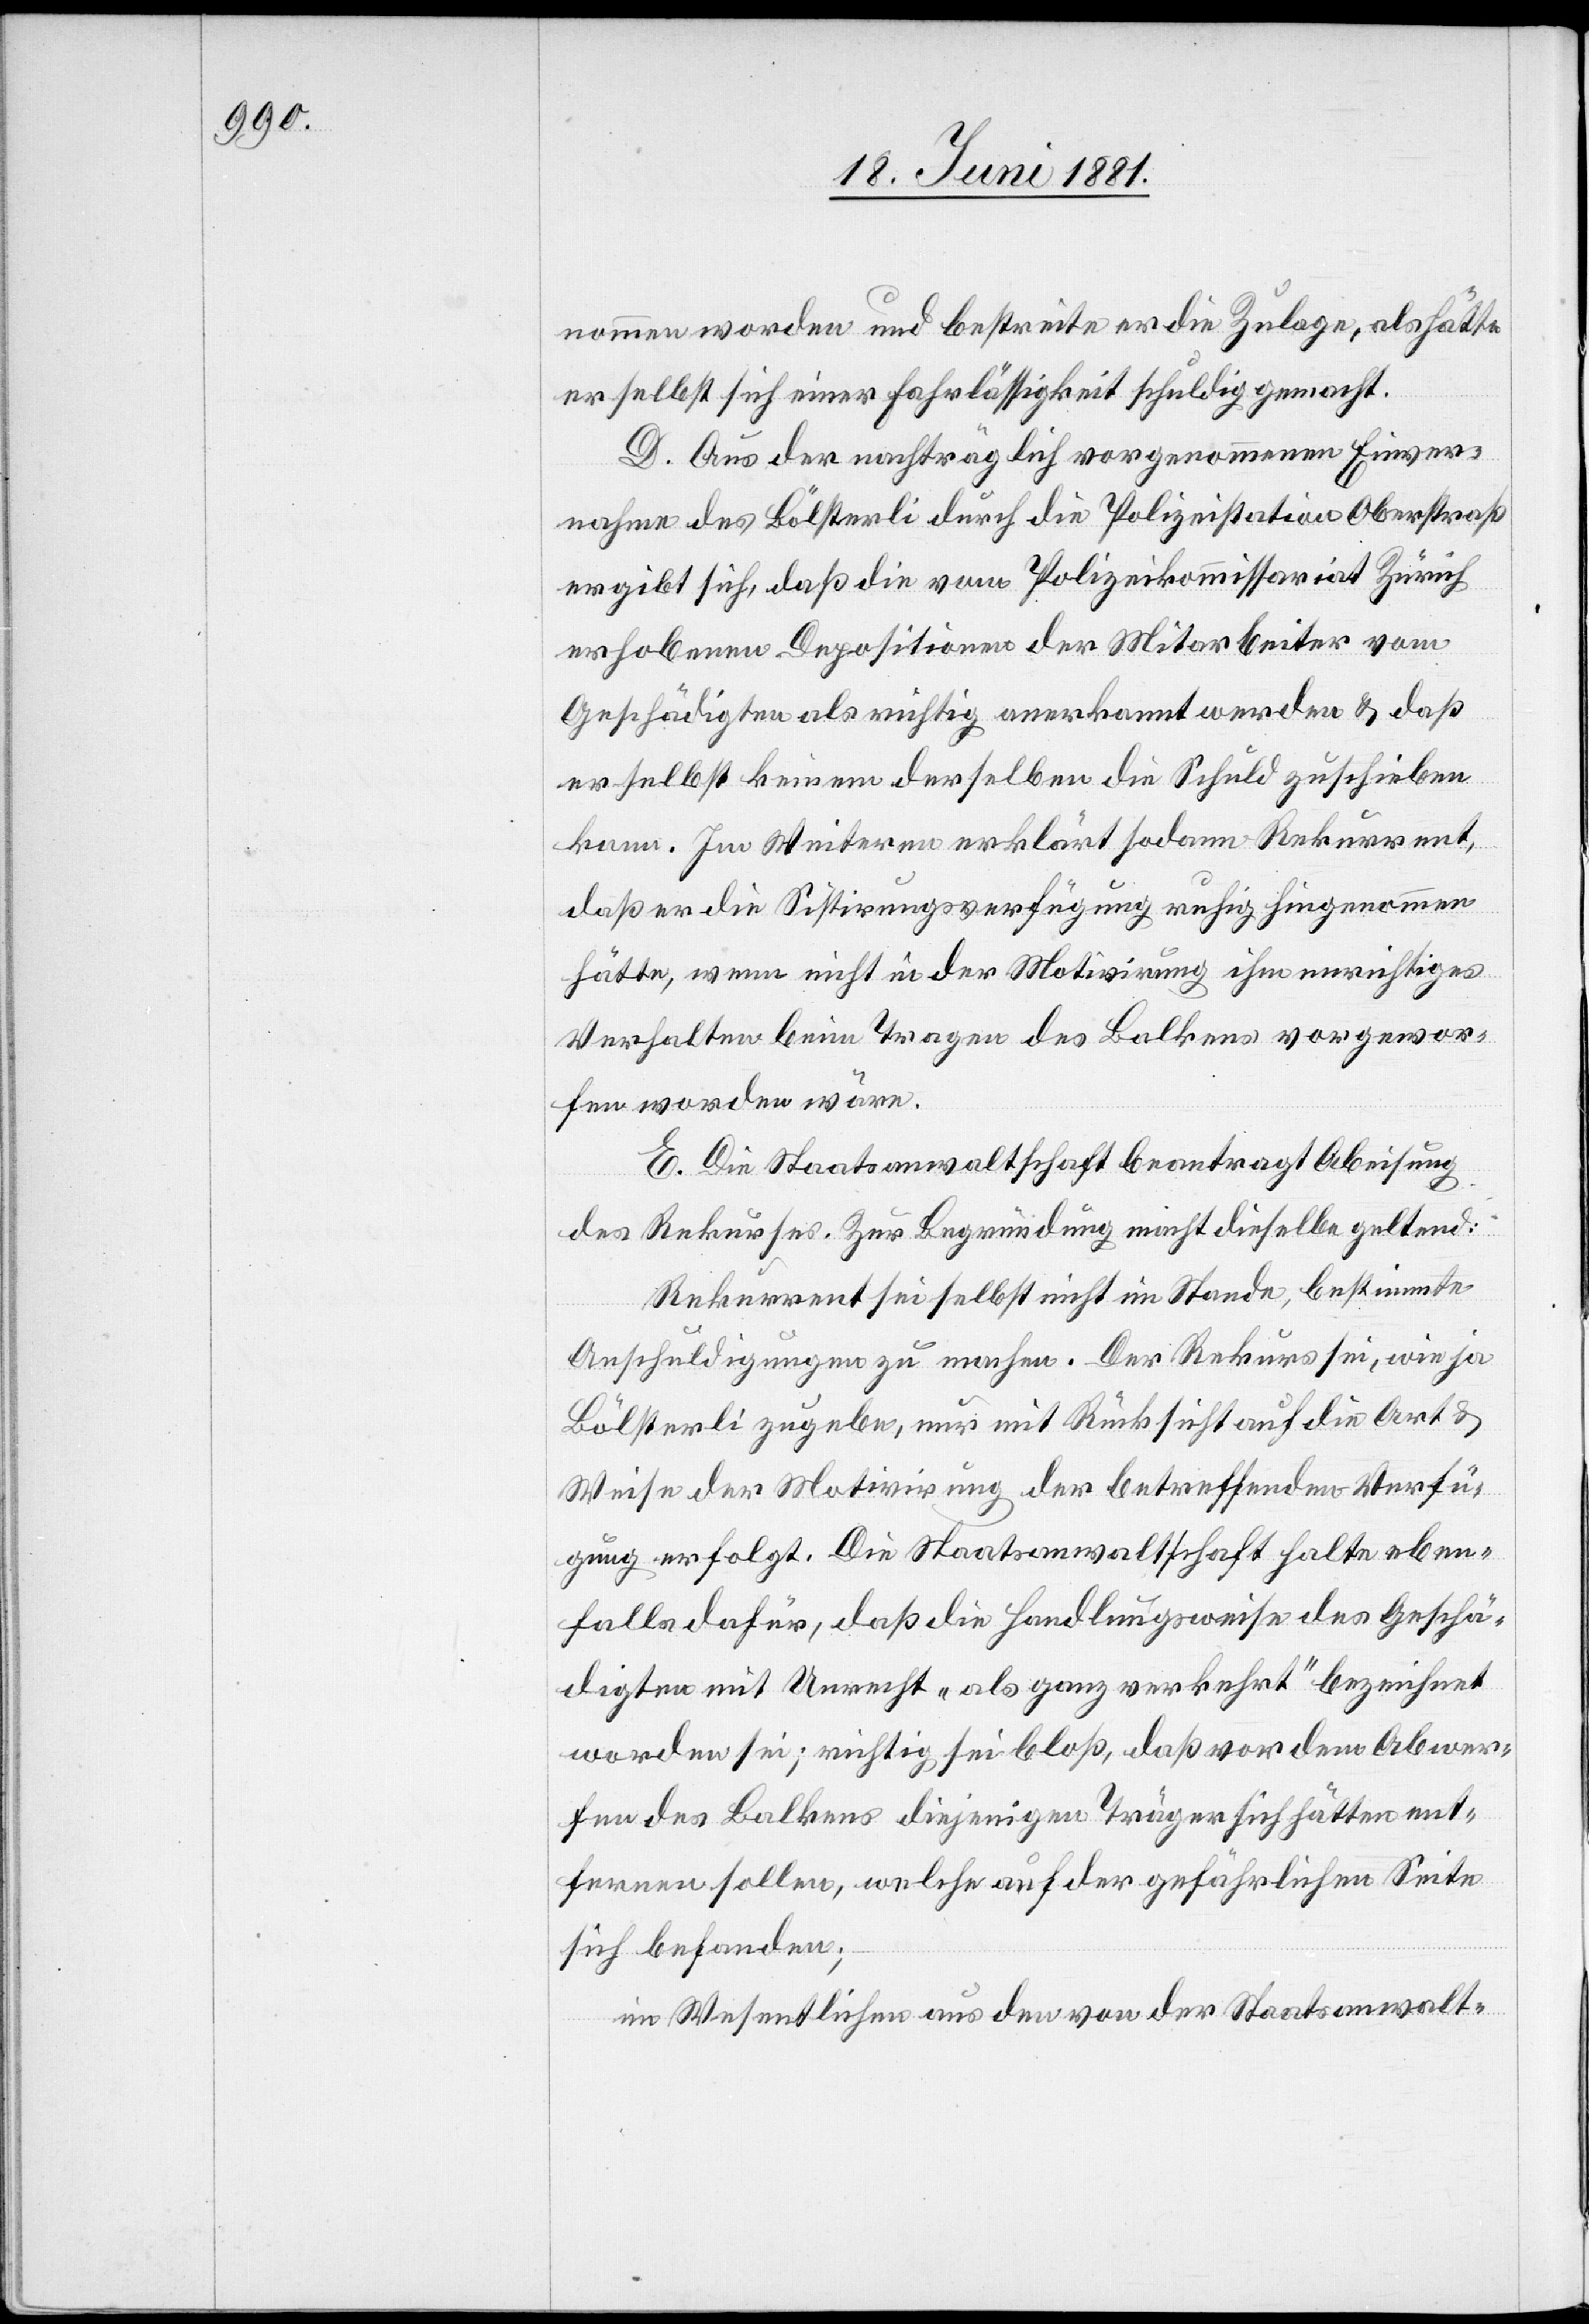
nommen worden und bestreite er die Zulage, als hätte
er selbst sich einer Fahrlässigkeit schuldig gemacht.
D. Aus der nachträglich vorgenommenen Einver¬
nahme des Bölsterli durch die Polizeistation Oberstraß
ergibt sich, daß die vom Polizeikommissariat Zürich
erhobenen Depositionen der Mitarbeiter vom
Geschädigten als richtig anerkannt werden & daß
er selbst keinen derselben die Schuld zuschieben
kann. Im Weitern erklärt sodann Rekurrent,
daß er die Sistirungsverfügung ruhig hingenommen
hätte, wenn nicht in der Motivirung ihm unrichtiges
Verhalten beim Tragen des Balkens vorgewor¬
fen worden wäre.
E. Die Staatsanwaltschaft beantragt Abweisung
des Rekurses. Zur Begründung macht dieselbe geltend:
Rekurrent sei selbst nicht im Stande, bestimmte
Anschuldigungen zu machen. Der Rekurs sei, wie ja
Bölsterli zugebe, nur mit Rücksicht auf die Art &
Weise der Motivirung der betreffenden Verfü¬
gung erfolgt. Die Staatsanwaltschaft halte eben¬
falls dafür, daß die Handlungsweise des Geschä¬
digten mit Unrecht „als ganz verkehrt“ bezeichnet
worden sei; richtig sei bloß, daß vor dem Abwer¬
fen des Balkens diejenigen Träger sich hätten ent¬
fernen sollen, welche auf der gefährlichen Seite
sich befanden;
im Wesentlichen aus den von der Staatsanwalt-